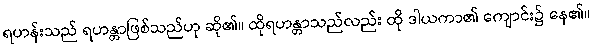
ရဟန်းသည် ရဟန္တာဖြစ်သည်ဟု ဆို၏။ ထိုရဟန္တာသည်လည်း ထို ဒါယကာ၏ ကျောင်း၌ နေ၏။